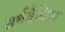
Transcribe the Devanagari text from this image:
अर्थवैचित्र्य